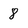
Character: 8